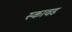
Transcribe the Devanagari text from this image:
स्कावड